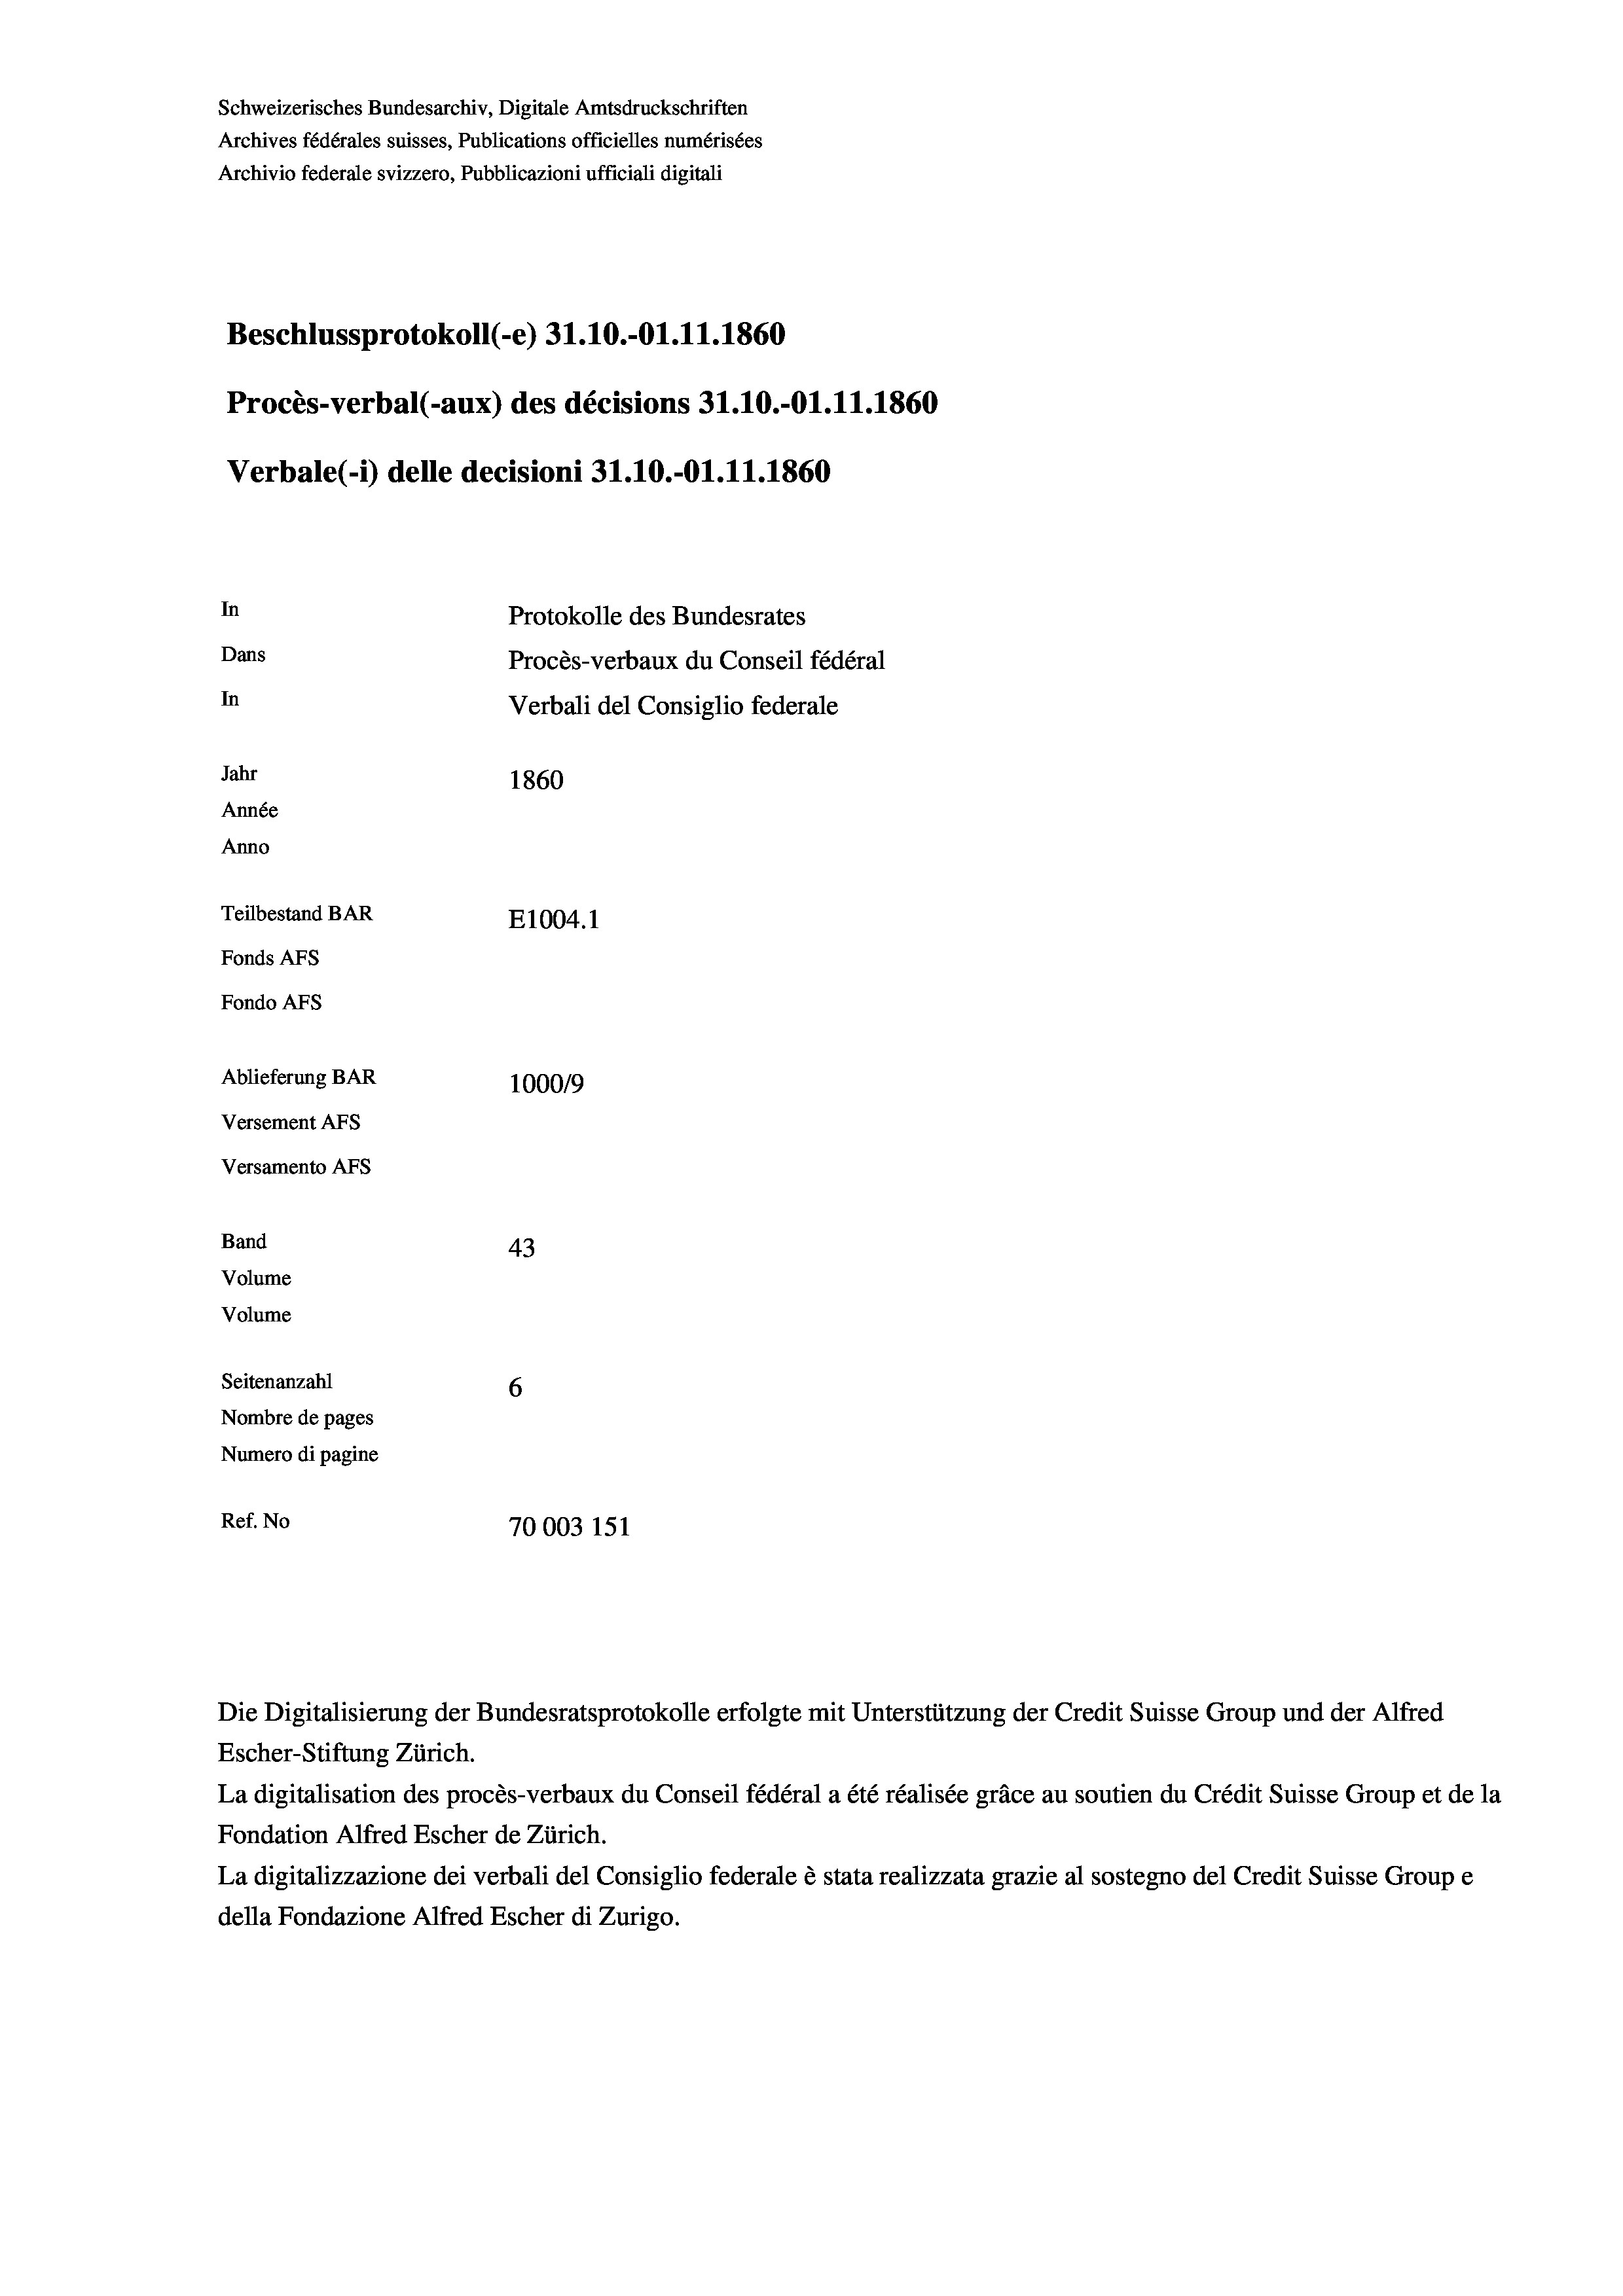
Schweizerisches Bundesarchiv, Digitale Amtsdruckschriften
Archives fédérales suisses, Publications officielles numérisées
Archivio federale svizzero, Pubblicazioni ufficiali digitali
Beschlussprotokoll (-e) 31.10.-O1.11.1860
Procès-verbal (-aux) des décisions 31.10.-O1.11.1860
Verbale(-*) delle decisioni 31.10.-O1.11.1860
In
Protokolle des Bundesrates
Dans
Procès-verbaux du Conseil fédéral
In
Verbali del Consiglio federale
Jahr
1860
Année
Anno
Teilbestand BAR
E1004.1
Fonds AFs
Fondo Afs
Ablieferung BAR
100019
Versement AFs
Versamento AFs
Band
43
Volume
Volume
Seitenanzahl
6
Nombre de pages
Numero di pagine
Ref. No
70003 151

Escher-Stiftung Zürich.
La digitalisation des procès-verbaux du Conseil fédéral a été réalisée gräce au soutien du Crédit Suisse Group et de la
Fondation Alfred Escher de Zürich.
La digitalizzazione dei verbali del Consiglio federale è stata realizzata grazie al sostegno del Credit Suisse Groupe
della Fondazione Alfred Escher di Zurigo.

Die Digitalisierung der Bundesratsprotokolle erfolgte mit Unterstützung der Credit Suisse Group und der Alfred